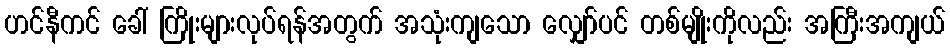
ဟင်နီကင် ခေါ် ကြိုးများလုပ်ရန်အတွက် အသုံးကျသော လျှော်ပင် တစ်မျိုးကိုလည်း အကြီးအကျယ်